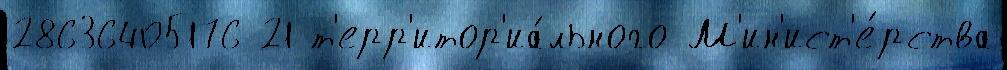
28636405176 21 т'ерр'итор'иа́льного М'ин'ист'е́рства